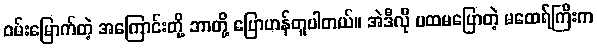
ဝမ်းမြောက်တဲ့ အကြောင်းတို့ ဘာတို့ ပြောဟန်တူပါတယ်။ အဲဒီလို ပထမပြောတဲ့ မထေရ်ကြီးက